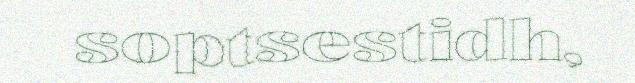
soptsestidh,